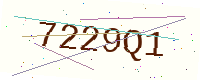
Text: 7229Q1